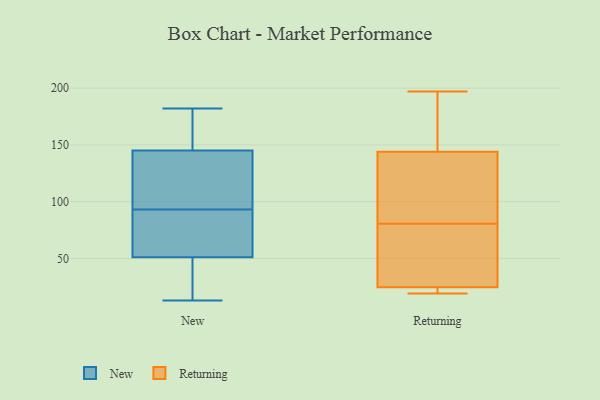
{"axis": {"x": "Satisfaction Score", "y": "Value"}, "legend": ["New", "Returning"], "data": [{"x": "", "y": 130, "type": "New"}, {"x": "", "y": 64, "type": "New"}, {"x": "", "y": 82, "type": "New"}, {"x": "", "y": 167, "type": "New"}, {"x": "", "y": 33, "type": "New"}, {"x": "", "y": 104, "type": "New"}, {"x": "", "y": 71, "type": "New"}, {"x": "", "y": 177, "type": "New"}, {"x": "", "y": 66, "type": "New"}, {"x": "", "y": 127, "type": "New"}, {"x": "", "y": 47, "type": "New"}, {"x": "", "y": 51, "type": "New"}, {"x": "", "y": 145, "type": "New"}, {"x": "", "y": 154, "type": "New"}, {"x": "", "y": 15, "type": "New"}, {"x": "", "y": 13, "type": "New"}, {"x": "", "y": 182, "type": "New"}, {"x": "", "y": 127, "type": "New"}, {"x": "", "y": 24, "type": "Returning"}, {"x": "", "y": 49, "type": "Returning"}, {"x": "", "y": 89, "type": "Returning"}, {"x": "", "y": 22, "type": "Returning"}, {"x": "", "y": 147, "type": "Returning"}, {"x": "", "y": 72, "type": "Returning"}, {"x": "", "y": 25, "type": "Returning"}, {"x": "", "y": 110, "type": "Returning"}, {"x": "", "y": 167, "type": "Returning"}, {"x": "", "y": 19, "type": "Returning"}, {"x": "", "y": 197, "type": "Returning"}, {"x": "", "y": 141, "type": "Returning"}]}